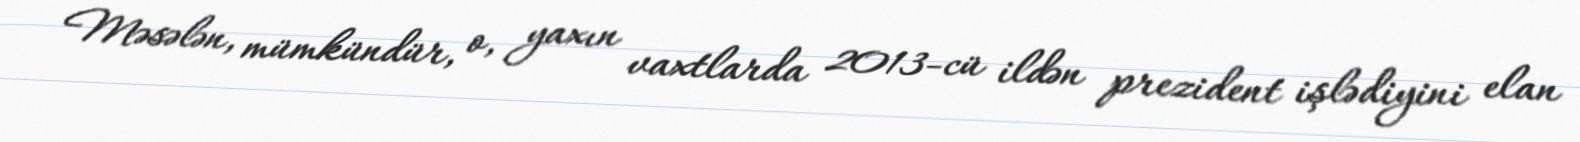
Məsələn, mümkündür, o, yaxın vaxtlarda 2013-cü ildən prezident işlədiyini elan